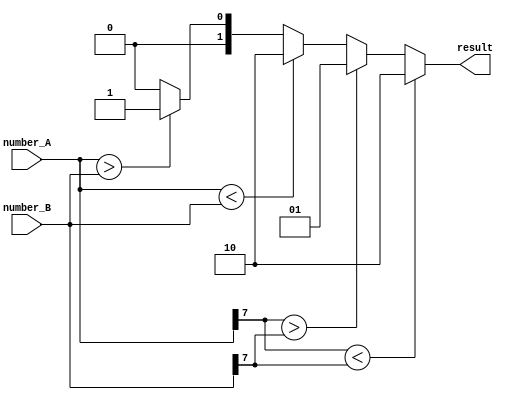
module signed_magnitude_comparator(
    input [7:0] number_A,
    input [7:0] number_B,
    output [1:0] result
);

assign result = (number_A[7] < number_B[7]) ? 2'b10 :
                (number_A[7] > number_B[7]) ? 2'b01 :
                (number_A < number_B) ? 2'b10 :
                (number_A > number_B) ? 2'b01 :
                2'b00;

endmodule